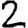
Digit: 2